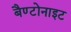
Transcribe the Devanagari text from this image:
बैण्टोनाइट